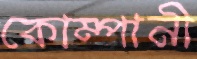
কোম্পানী